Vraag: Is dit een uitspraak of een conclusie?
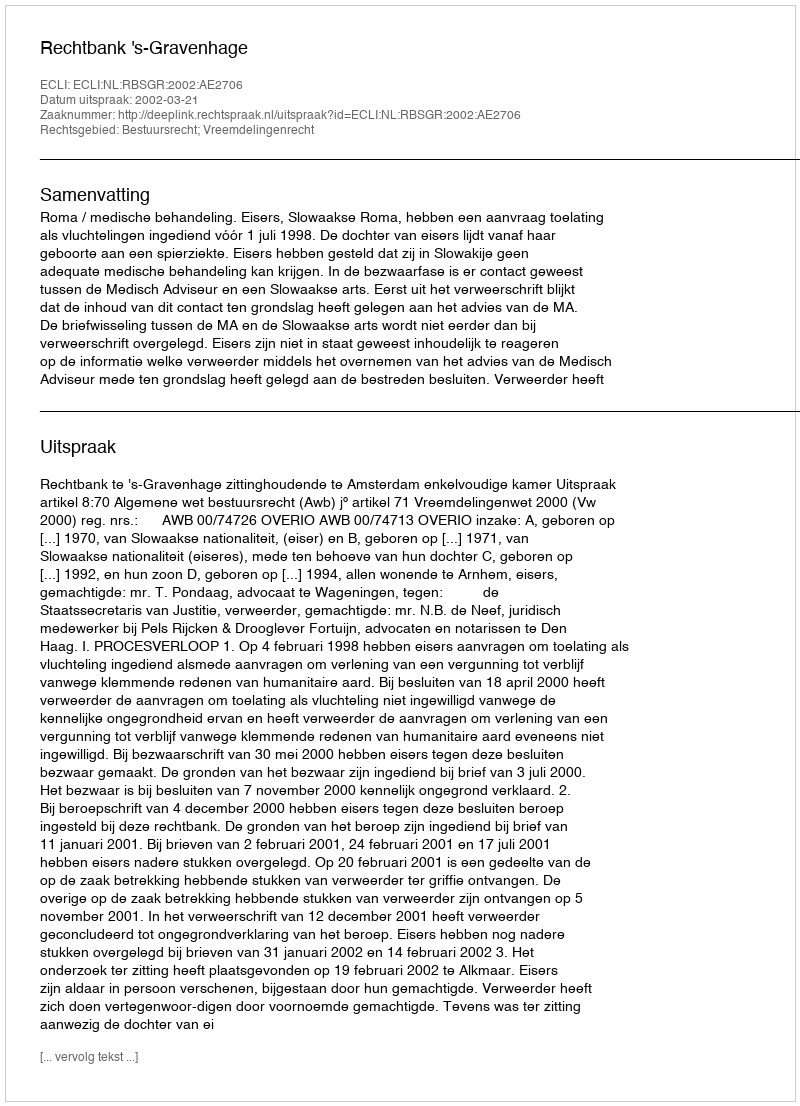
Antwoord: Uitspraak